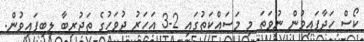
ކޯސް ހަދާފައިވުން ނުވަތަ މި މަސައްކަތުގައި 2-3 އަހަރު ދުވަހުގެ ތަޖުރިބާ ލިބިފައިވުން.